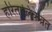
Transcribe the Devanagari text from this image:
हरितालिकव्रत